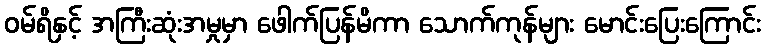
ဝမ်ရိနှင့် အကြီးဆုံးအမှုမှာ ဖေါက်ပြန်မိကာ သောက်ကုန်များ မောင်းပြေးကြောင်း